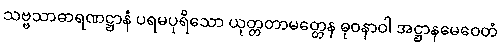
သဗ္ဗသာဓာရဏဋ္ဌာနံ ပရမပုရိသော ယုတ္တတာမတ္တေန ဓုဝနာဝါ အဋ္ဌာနမေဝေတံ